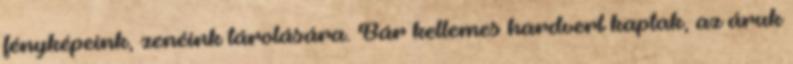
fényképeink, zenéink tárolására. Bár kellemes hardvert kaptak, az áruk